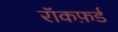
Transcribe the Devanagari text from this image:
रॉकफ़र्ड